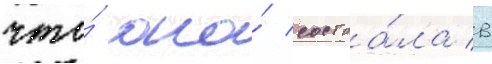
что́ она́ состоа́ла в